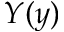
Y ( y )